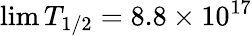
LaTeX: \operatorname*{lim}T_{1/2}=8.8\times 10^{17}